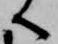
へ